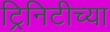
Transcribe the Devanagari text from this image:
ट्रिनिटीच्या